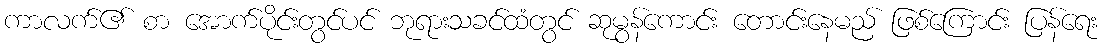
ကာလက်၏ စာ အောက်ပိုင်းတွင်ပင် ဘုရားသခင်ထံတွင် ဆုမွန်ကောင်း တောင်းနေမည် ဖြစ်ကြောင်း ပြန်ရေး